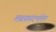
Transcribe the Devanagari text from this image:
लढय़ासंदर्भातील